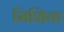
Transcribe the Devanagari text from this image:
मिशिया